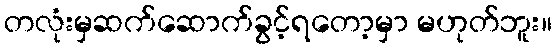
တလုံးမှဆက်ဆောက်ခွင့်ရတော့မှာ မဟုတ်ဘူး။